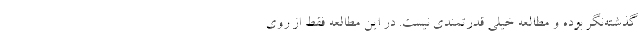
گذشته‌نگر بوده و مطالعه خیلی قدرتمندی نیست. در این مطالعه فقط از روی